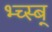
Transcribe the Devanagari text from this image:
भ्च्स्ब्